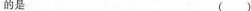
的是 ()